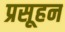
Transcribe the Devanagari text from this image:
प्रसूहन